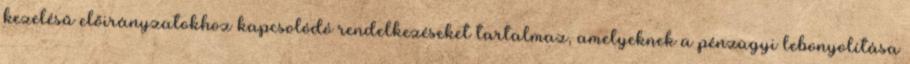
kezelésű előirányzatokhoz kapcsolódó rendelkezéseket tartalmaz, amelyeknek a pénzügyi lebonyolítása